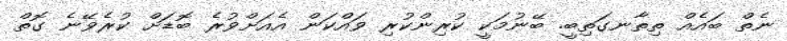
ނެތް ބައެއް ތިތާނގަތިބީ. ބޭނުމަކީ ކުރިންކުރި ވައްކަން އެއަށްވުރެ ބޮޑަށް ކުރެވޭނެ ގޮތް